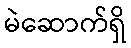
မဲဆောက်ရှိ